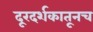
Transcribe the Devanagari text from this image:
दूरदर्शकातूनच